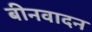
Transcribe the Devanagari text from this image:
बीनवादन